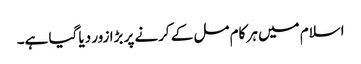
اسلام میں ہر کام مل کے کرنے پر بڑا زور دیا گیا ہے۔